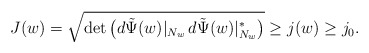
\begin{align*} J(w) = \sqrt{\det\big( d\tilde\Psi(w)|_{N_{w}}\, d\tilde\Psi(w)|_{N_{w}}^* \big)}\geq j(w)\geq j_0.\end{align*}